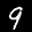
Label: 9